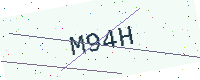
Text: M94H